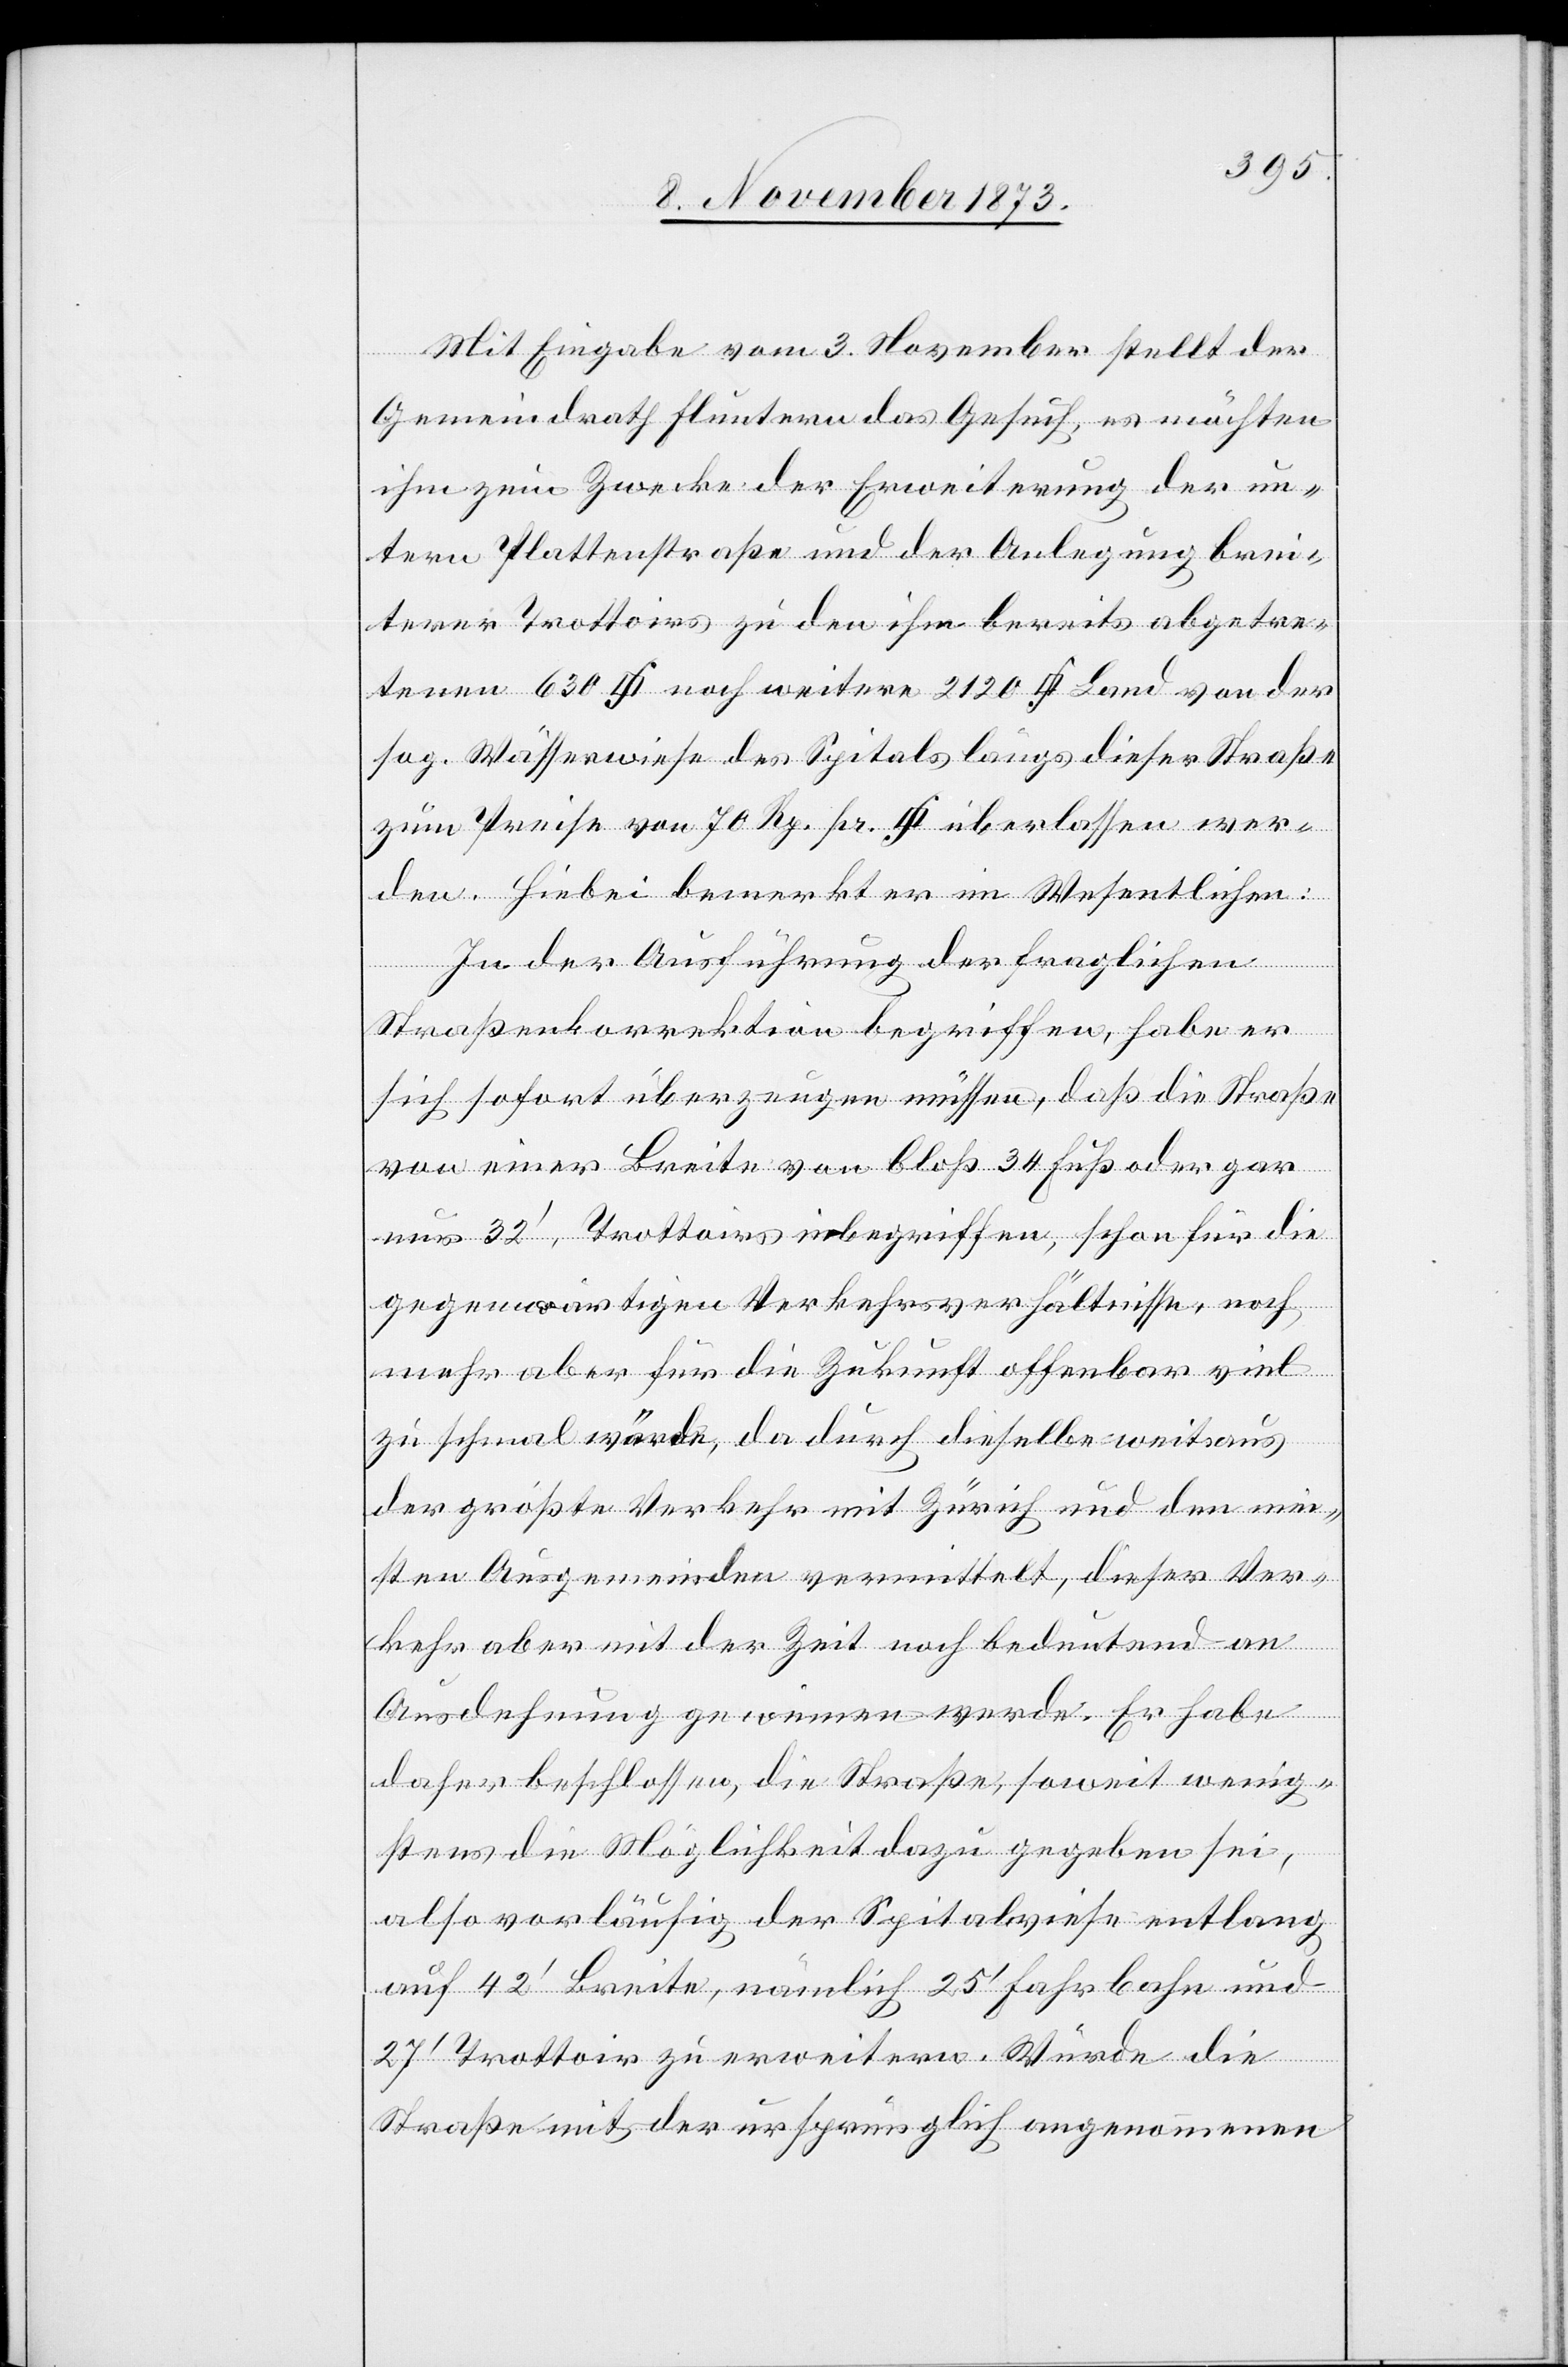
Mit Eingabe vom 3. November stellt der
Gemeindrath Fluntern das Gesuch, es möchten
ihm zum Zwecke der Erweiterung der un¬
tern Plattenstraße und der Anlegung brei¬
terer Trottoirs zu den ihm bereits abgetre¬
sog. Wässerwiese des Spitals längs dieser Straße
zum Preise von 70 Rp. pr. [Quadratfuss] überlassen wer¬
den. Hiebei bemerkt er im Wesentlichen:
In der Ausführung der fraglichen
Straßenkorrektion begriffen, habe er
sich sofort überzeugen müssen, daß die Straße
von einer Breite von bloß 34 Fuß oder gar
nur 32‘, Trottoirs inbegriffen, schon für die
L¬
gegenwärtigen Verkehrsverhältnisse, noch
mehr aber für die Zukunft offenbar viel
der
zu schmal würde, da durch dieselbe weitaus
der größte Verkehr mit Zürich und den mei¬
sten Ausgemeinden vermittelt, dieser Ver¬
kehr aber mit der Zeit noch bedeutend an
Ausdehnung gewinnen werde. Er habe
daher beschlossen, die Straße, soweit wenig¬
stens die Möglichkeit dazu gegeben sei,
also vorläufig der Spitalwiese entlang
auf 42‘ Breite, nämlich 25‘ Fahrbahn und
27‘ Trottoir zu erweitern. Würde die
Straße mit der ursprünglich angenommenen